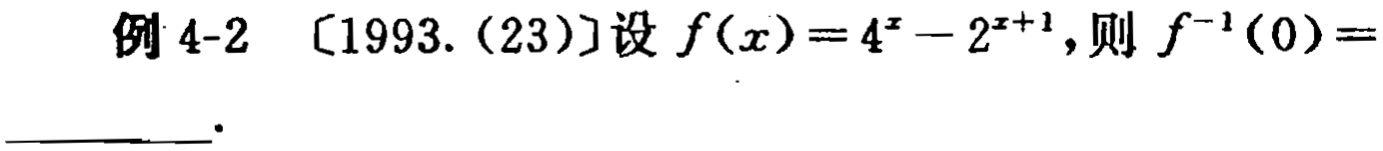
例 4-2 [1993. (23)]设 \(f(x)=4^{x}-2^{x + 1}\),则 \(f^{-1}(0)=\)  ________  。